Plague in India, 1896, 1897 - Volume 2
Year: 1896
Disease focus: Plague
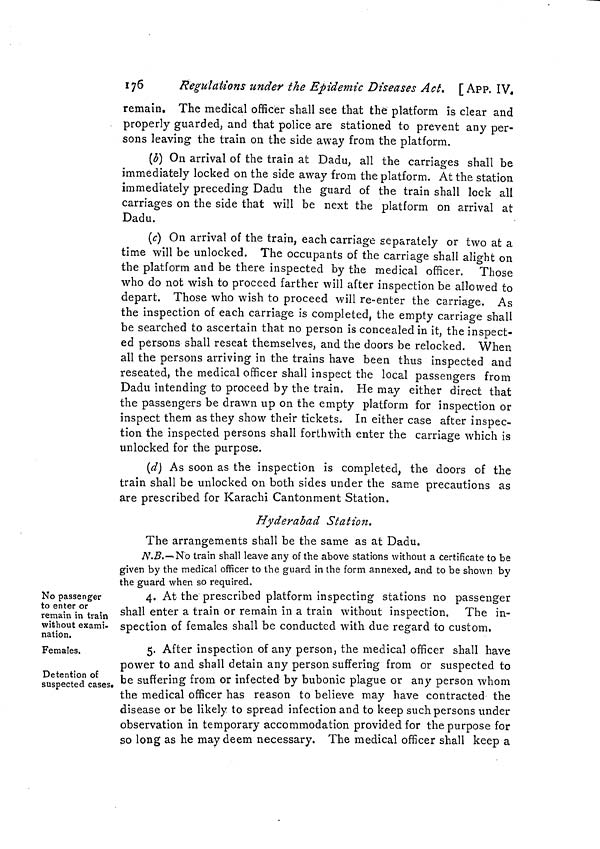
176
Regulations under the Epidemic Diseases Act. [App. IV.
remain. The medical officer shall see that the platform is clear and
properly guarded, and that police are stationed to prevent any per-
sons leaving the train on the side away from the platform.
(b) On arrival of the train at Dadu, all the carnages shall be
immediately locked on the side away from the platform. At the station
immediately preceding Dadu the guard of the train shall lock all
carriages on the side that will be next the platform on arrival at
Dadu.
(c) On arrival of the train, each carriage separately or two at a
time will be unlocked. The occupants of the carriage shall alight on
the platform and be there inspected by the medical officer. Those
who do not wish to proceed farther will after inspection be allowed to
depart. Those who wish to proceed will re-enter the carriage. As
the inspection of each carnage is completed, the empty carnage shall
be searched to ascertain that no person is concealed in it, the inspect-
ed persons shall reseat themselves, and the doors be relocked. When
all the persons arriving in the trains have been thus inspected and
reseated, the medical officer shall inspect the local passengers from
Dadu intending to proceed by the train. He may either direct that
the passengers be drawn up on the empty platform for inspection or
inspect them as they show their tickets. In either case after inspec-
tion the inspected persons shall forthwith enter the carriage which is
unlocked for the purpose.
(d) As soon as the inspection is completed, the doors of the
train shall be unlocked on both sides under the same precautions as
are prescribed for Karachi Cantonment Station.
Hyderabad Station.
The arrangements shall be the same as at Dadu.
N.B.—No train shall leave any of the above stations without a certificate to be
given by the medical officer to the guard in the form annexed, and to be shown by
the guard when so required.
No passenger
to enter or
remain in train
without exami-
nation.
4. At the prescribed platform inspecting stations no passenger
shall enter a train or remain in a train without inspection. The in-
spection of females shall be conducted with due regard to custom,
Females.
5. After inspection of any person, the medical officer shall have
power to and shall detain any person suffering from or suspected to
Detenton of
suspected cases. be suffering from or infected by bubonic plague or any person whom
the medical officer has reason to believe may have contracted the
disease or be likely to spread infection and to keep such persons under
observation in temporary accommodation provided for the purpose for
so long as he may deem necessary. The medical officer shall keep a